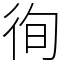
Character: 徇